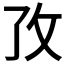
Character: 𭣡